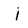
Character: j